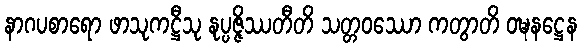
နာဂပစာရော ဖာသုကဋ္ဌီသု နုပ္ပဇ္ဇိဿတီတိ သတ္တဝဿော ကတွာတိ ဝဍ္ဎနဋ္ဌေန